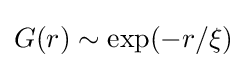
G(r)\sim \exp(-r/\xi )